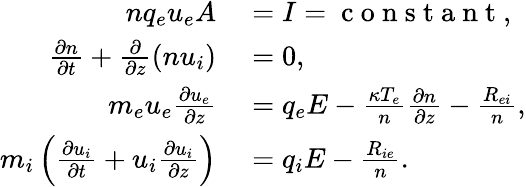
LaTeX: \begin{array}{rl}{nq_{e}u_{e}A}&{{}=I=\mathrm{~c~o~n~s~t~a~n~t~},}\\ {\frac{\partial n}{\partial t}+\frac{\partial}{\partial z}(nu_{i})}&{{}=0,}\\ {m_{e}u_{e}\frac{\partial u_{e}}{\partial z}}&{{}=q_{e}E-\frac{\kappa T_{e}}{n}\frac{\partial n}{\partial z}-\frac{R_{ei}}{n},}\\ {m_{i}\left(\frac{\partial u_{i}}{\partial t}+u_{i}\frac{\partial u_{i}}{\partial z}\right)}&{{}=q_{i}E-\frac{R_{ie}}{n}.}\end{array}